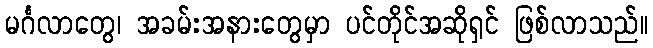
မင်္ဂလာတွေ၊ အခမ်းအနားတွေမှာ ပင်တိုင်အဆိုရှင် ဖြစ်လာသည်။